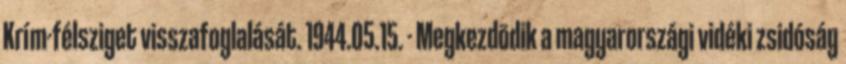
Krím-félsziget visszafoglalását. 1944.05.15. - Megkezdõdik a magyarországi vidéki zsidóság